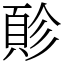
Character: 䪾